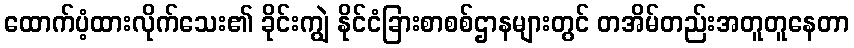
ထောက်ပံ့ထားလိုက်သေး၏ ခိုင်းကျွဲ နိုင်ငံခြားစာစစ်ဌာနများတွင် တအိမ်တည်းအတူတူနေတာ